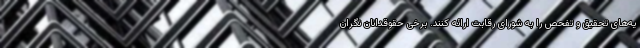
یه‌های تحقیق و تفحص را به شورای رقابت ارائه کنند. برخی حقوقدانان نگران